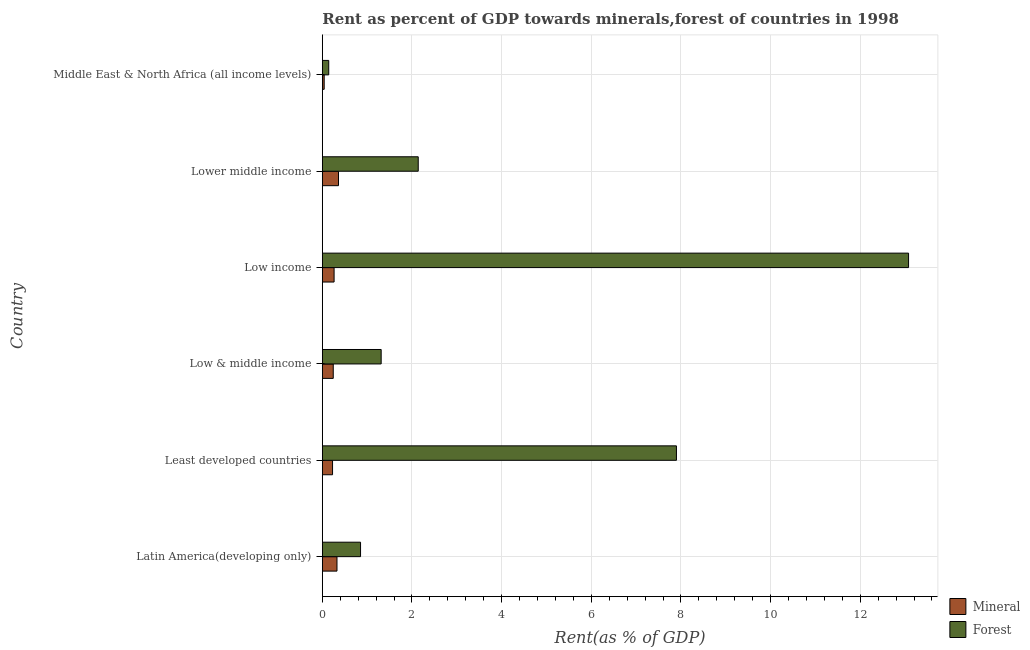
| Country | Mineral | Forest |
 | --- | --- | --- |
 | Latin America(developing only) | 0.327 | 0.852 |
 | Least developed countries | 0.228 | 7.9 |
 | Low & middle income | 0.244 | 1.31 |
 | Low income | 0.262 | 13.1 |
 | Lower middle income | 0.361 | 2.14 |
 | Middle East & North Africa (all income levels) | 0.0415 | 0.143 |